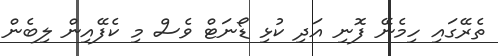
ތެރޭގައި ހިމެނޭ ފޮނި އަދި ކުޅި ޑޯނަޓް ވެސް މި ކެފޭއިން ލިބެން